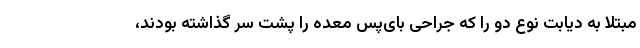
مبتلا به دیابت نوع دو را که جراحی بای‌پس معده را پشت سر گذاشته بودند،